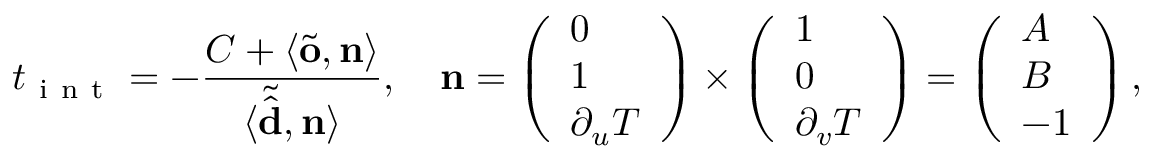
t _ { \mathrm { ~ i ~ n ~ t ~ } } = - \frac { C + \langle \tilde { \mathbf { o } } , \mathbf { n } \rangle } { \langle \tilde { \hat { \mathbf { d } } } , \mathbf { n } \rangle } , \quad \mathbf { n } = \left( \begin{array} { l } { 0 } \\ { 1 } \\ { \partial _ { u } T } \end{array} \right) \times \left( \begin{array} { l } { 1 } \\ { 0 } \\ { \partial _ { v } T } \end{array} \right) = \left( \begin{array} { l } { A } \\ { B } \\ { - 1 } \end{array} \right) ,